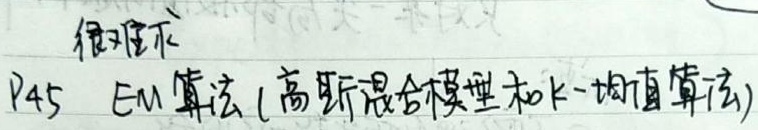
很难下P45 EM算法(高斯混合模型和K - 均值算法)